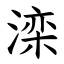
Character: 滦